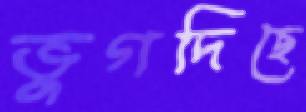
ভুগদিছে